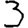
Digit: 3